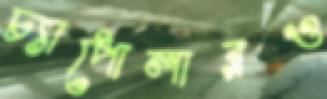
চ্যাপোলারও